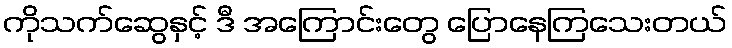
ကိုသက်ဆွေနှင့် ဒီ အကြောင်းတွေ ပြောနေကြသေးတယ်